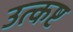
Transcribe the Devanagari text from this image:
उत्कष्ट